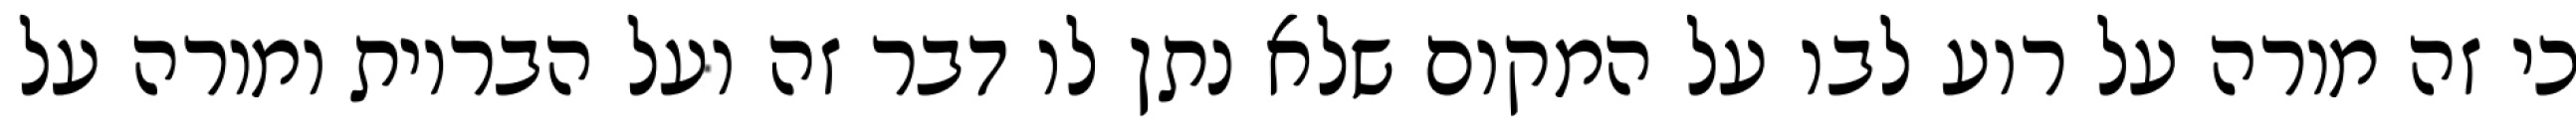
כי זה מורה על רוע לבו על המקום שלא נתן לו דבר זה ועל הבריות ומורה על